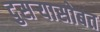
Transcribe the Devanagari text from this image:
दुसऱ्यासोबत